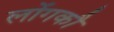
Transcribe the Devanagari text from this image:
लोंगकौ